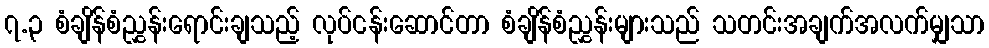
၇.၃ စံချိန်စံညွှန်းရောင်းချသည့် လုပ်ငန်းဆောင်တာ စံချိန်စံညွှန်းများသည် သတင်းအချက်အလက်မျှသာ